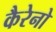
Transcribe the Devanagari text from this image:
कैरेनो